Annual administration report of the Civil Veterinary Department of India - 1897-1898
Year: 1897
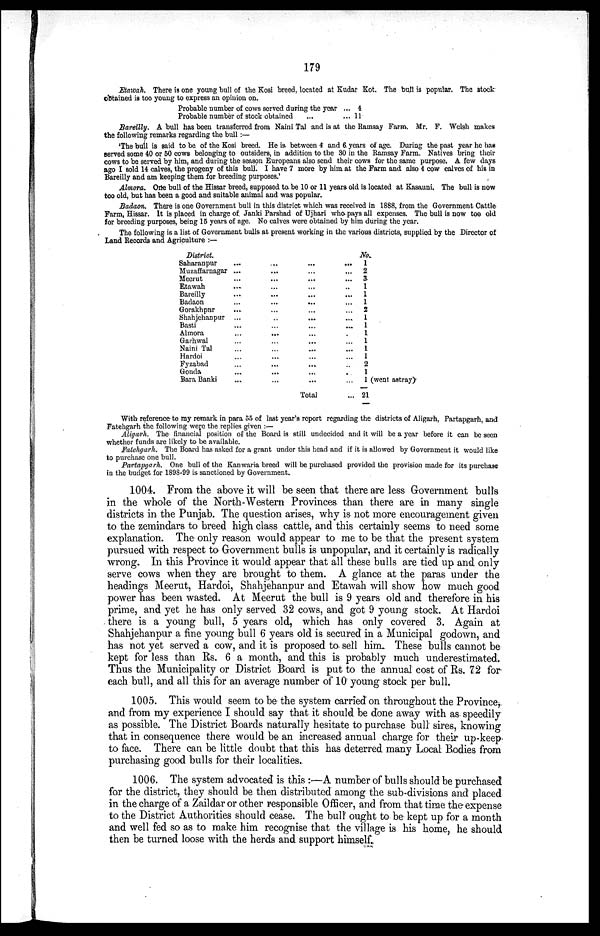
179
Etawah. There is one young bull of the Kosi breed, located at Kudar Kot. The bull is popular. The stock
obtained is too young to express an opinion on.
Probable number of cows served during the year ... 4
Probable number of stock obtained
...
... 11
Bareilly. A bull has been transferred from Naini Tal and is at the Ramsay Farm. Mr. F. Welsh makes
the following remarks regarding the bull:—
'The bull is said to be of the Kosi breed. He is between 4 and 6 years of age. During the past year he has
served some 40 or 50 cows belonging to outsiders, in addition to the 30 in the Ramsay Farm. Natives bring their
cows to be served by him, and during the season Europeans also send their cows for the same purpose. A few days
ago I sold 14 calves, the progeny of this bull. I have 7 more by him, at the Farm and. also 4 cow calves of his in
Bareilly and am keeping them for breeding purposes.'
Almora. One bull of the Hissar breed, supposed to be 10 or 11 years old is located at Kasauni. The bull is now
too old, but has been a good and suitable animal and was popular.
Badaon. There is one Government bull in this district which was received in 1888, from the Government Cattle
Farm, Hissar. It is placed in charge of Janki Parshad of Ujhari who pays all expenses. The bull is now too old
for breeding purposes, being 15 years of age. No calves were obtained by him during the year.
The following is a list of Government bulls at present working in the various districts, supplied by the Director of
Land Records and Agriculture:—
District.
Saharanpur
Muzaffarnagar
Meerut
Etawah
Bareilly
Badaon
Gorakhpnr
Shahjehanpur
Basti
Almora
Garhwal
Naini Tal
Hardoi
Fyzabad
Gonda
Bara Banki
...
...
...
...
...
...
...
...
...
...
...
...
...
....
...
...
...
...
...
...
...
...
...
...
...
...
...
....
...
...
...
...
...
...
....
...
...
....
...
...
...
....
...
...
...
...
Total
No.
...
1
...
2
...
3
... 1
...
1
...
1
...
2
...
1
...
1
... 1
...
1
...
1
...
1
... 2
... 1
... 1 (went astray)
.... 21
With reference to my remark in para 55 of last year's report regarding the districts of Aligarh, Partapgarh, and
Fatehgarh the following were the replies given:—
Aligarh.
The financial position of the Board is still undecided and it will be a year before it can be seen
whether funds are likely to be available.
Fatehgarh.
The Board has asked for a grant under this head and if it is allowed by Government it would like
to purchase one bull.
Partapgarh.
One bull of the Kanwaria breed will be purchased provided the provision made for its purchase
in the budget for 1898-99 is sanctioned by Government.
1004. From the above it will be seen that there are less Government bulls
in the whole of the North-Western Provinces than there are in many single
districts in the Punjab. The question arises, why is not more encouragement given
to the zemindars to breed high class cattle, and this certainly seems to need some
explanation. The only reason would appear to me to be that the present system
pursued with respect to Government bulls is unpopular, and it certainly is radically
wrong. In this Province it would appear that all these bulls are tied up and only
serve cows when they are brought to them. A glance at the paras under the
headings Meerut, Hardoi, Shahjehanpur and Etawah will show how much good
power has been wasted. At Meerut the bull is 9 years old and therefore in his
prime, and yet he has only served 32 cows, and got 9 young stock. At Hardoi
there is a young bull, 5 years old, which has only covered 3. Again at
Shahjehanpur a fine young bull 6 years old is secured in a Municipal godown, and
has not yet served a cow, and it is proposed to sell him. These bulls cannot be
kept for less than Rs. 6 a month, and this is probably much underestimated.
Thus the Municipality or District Board is put to the annual cost of Rs. 72 for
each bull, and all this for an average number of 10 young stock per bull.
1005. This would seem to be the system carried on throughout the Province,
and from my experience I should say that it should be done away with as speedily
as possible. The District Boards naturally hesitate to purchase bull sires, knowing
that in consequence there would be an increased annual charge for their up-keep
to face. There can be little doubt that this has deterred many Local Bodies from
purchasing good bulls for their localities.
1006. The system advocated is this:—A number of bulls should be purchased
for the district, they should be then distributed among the sub-divisions and placed
in the charge of a Zaildar or other responsible Officer, and from that time the expense
to the District Authorities should cease. The bull ought to be kept up for a month
and well fed so as to make him recognise that the village is his home, he should
then be turned loose with the herds and support himself.